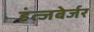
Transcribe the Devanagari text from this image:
हंत्जबेर्जर